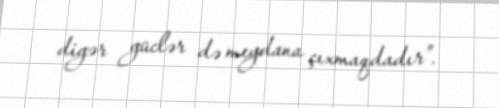
digər güclər də meydana çıxmaqdadır”.